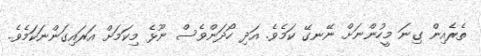
ތެރެއިން ގިނަ މީހުންނަށް ނޭނގޭ ކަމެވެ. އަދި ހޯދަންވެސް ނޫޅެ މިކަމަށް އަރައިގަންނަކަމެވެ.